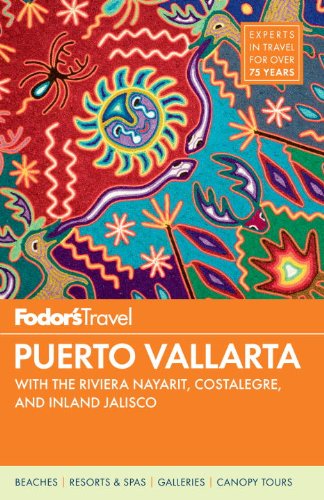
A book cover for Fodor's Puerto Vallarta, 5th Edition: With the Riviera Nayarit, Costalegre, and Inland Jalisco (Full-color Travel Guide); Fodor's; Travel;